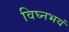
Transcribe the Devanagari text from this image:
विघ्नभयं